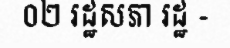
០២ រដ្ឋសភា រដ្ឋ -